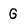
Character: G